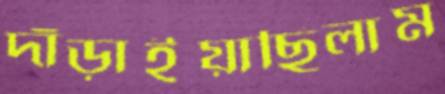
দাঁড়াইয়াছিলাম